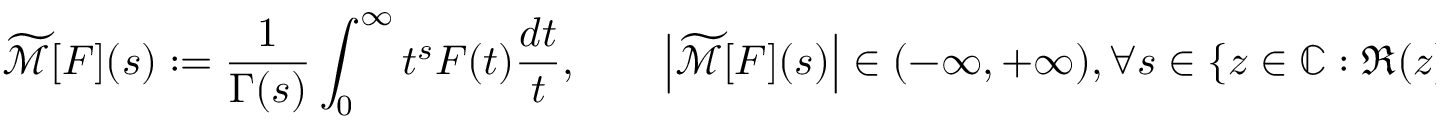
{ \widetilde { \mathcal { M } } } [ F ] ( s ) : = { \frac { 1 } { \Gamma ( s ) } } \int _ { 0 } ^ { \infty } t ^ { s } F ( t ) { \frac { d t } { t } } , \qquad \left| { \widetilde { \mathcal { M } } } [ F ] ( s ) \right| \in ( - \infty , + \infty ) , \forall s \in \{ z \in \mathbb { C } : \Re ( z ) > 0 \} \setminus \{ \zeta _ { 1 } ( F ) , \ldots , \zeta _ { k } ( F ) \} .